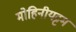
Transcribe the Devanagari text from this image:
मोहिनीयट्टम